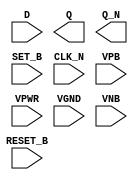
module sky130_fd_sc_lp__dfbbn (
    //# {{data|Data Signals}}
    input  D      ,
    output Q      ,
    output Q_N    ,

    //# {{control|Control Signals}}
    input  RESET_B,
    input  SET_B  ,

    //# {{clocks|Clocking}}
    input  CLK_N  ,

    //# {{power|Power}}
    input  VPB    ,
    input  VPWR   ,
    input  VGND   ,
    input  VNB
);
endmodule